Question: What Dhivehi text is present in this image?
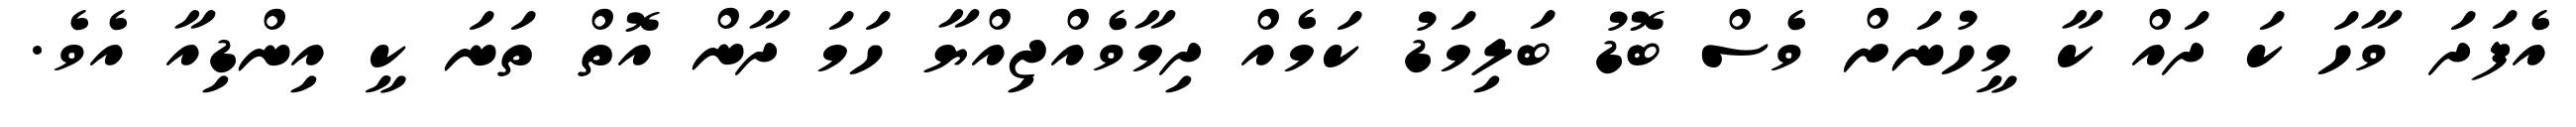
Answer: އެފަދަ ވާހަ ކަ ދައް ކާ މީހުނަށް ވެސް ބޮޑު ބަލިމަޑު ކަމެއް ދިމާވެއްޖިއްޔާ ހަމަ ދާން އޮތް ތަނަ ކީ އިންޑިއާ އެވެ.